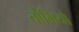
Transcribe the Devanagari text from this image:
तोमियो